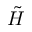
\tilde { H }